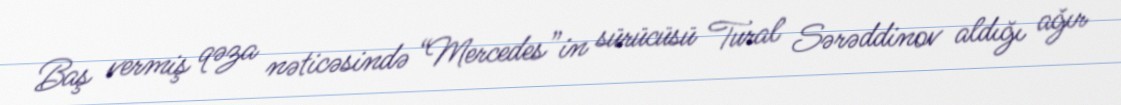
Baş vermiş qəza nəticəsində “Mercedes”in sürücüsü Tural Sərəddinov aldığı ağır